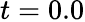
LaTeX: t=0.0